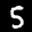
Label: 5